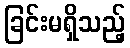
ခြင်းမရှိသည့်